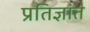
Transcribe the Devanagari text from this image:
प्रतिज्ञांत